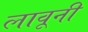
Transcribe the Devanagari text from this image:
लावूनी